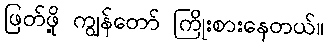
ဖြတ်ဖို့ ကျွန်တော် ကြိုးစားနေတယ်။